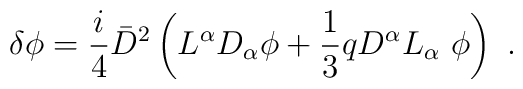
\delta\phi=\frac{i}{4}{\bar D}^2\left( L^\alpha D_\alpha\phi+\frac{1}{3} qD^\alpha L_\alpha\ \phi\right)\ .